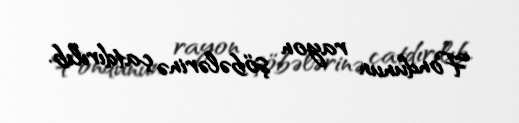
Fondunun rayon şöbələrinə çatdırılıb.